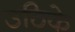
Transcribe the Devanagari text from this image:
उठिके